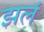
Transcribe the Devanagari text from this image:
झलं